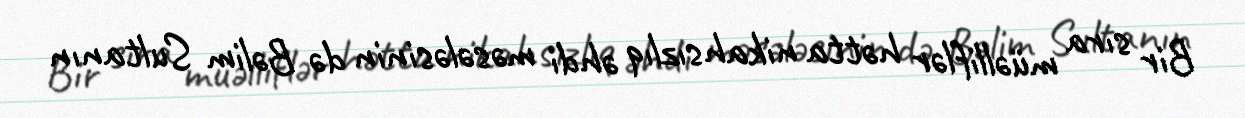
Bir sıra müəlliflər hətta nikahsızlıq əhdi məsələsinin də Bəlim Sultanın